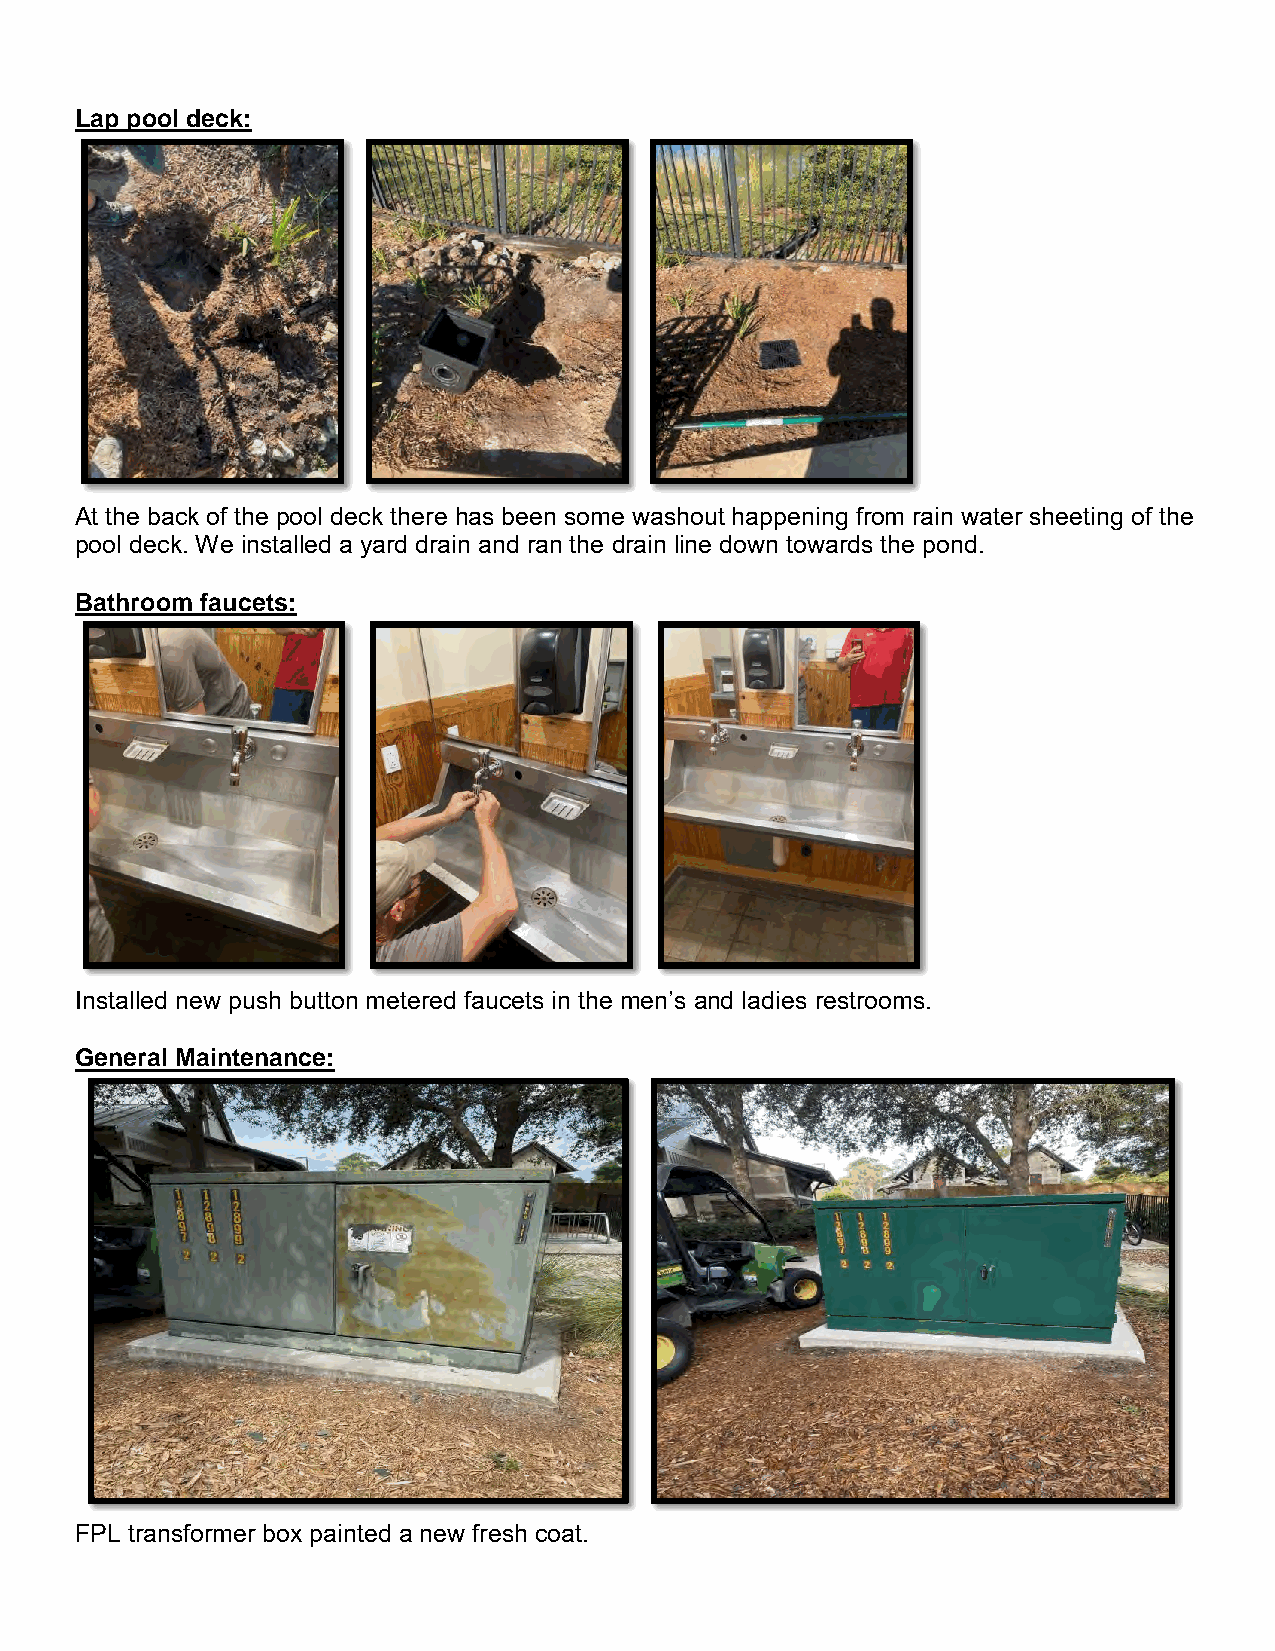
Lap pool deck:
 At the back of the pool deck there has been some washout happening from rain water sheeting of the
 pool deck. We installed a yard drain and ran the drain line down towards the pond.
 Bathroom faucets:
 Installed new push button metered faucets in the men’s and ladies restrooms.
 General Maintenance:
 FPL transformer box painted a new fresh coat.